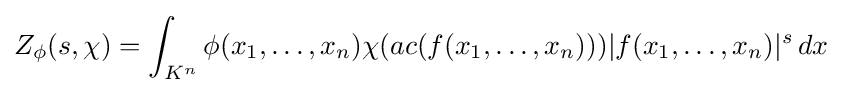
Z_{\phi }(s,\chi )=\int _{K^{n}}\phi (x_{1},\ldots ,x_{n})\chi (ac(f(x_{1},\ldots ,x_{n})))|f(x_{1},\ldots ,x_{n})|^{s}\,dx